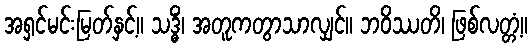
အရှင်မင်းမြတ်နှင့်။ သဒ္ဓိံ၊ အတူကတွာသာလျှင်။ ဘဝိဿတိ၊ ဖြစ်လတ္တံ့။